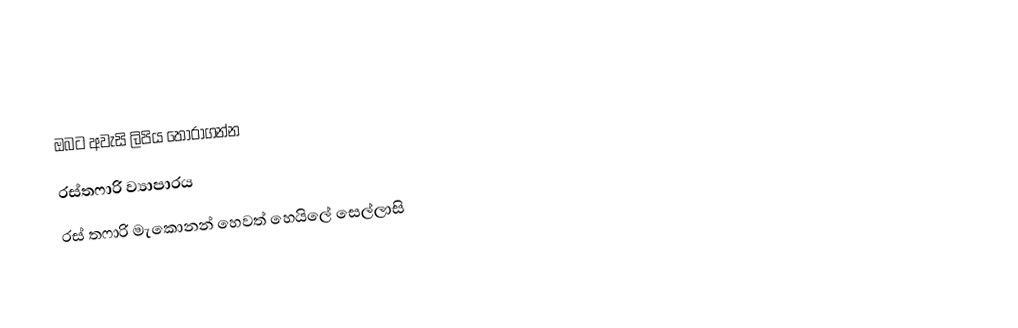
ඔබට අවැසි ලිපිය තෝරාගන්න
 රස්තෆාරි ව්‍යාපාරය
 රස් තෆාරි මැකොනන් හෙවත් හෙයිලේ සෙල්ලාසි